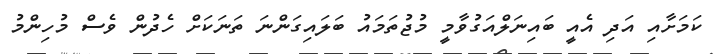
ކަމަށާއި އަދި އެއީ ބައިނަލްއަގުވާމީ މުޖުތަމައު ބަލައިގަންނަ ތަނަކަށް ހެދުން ވެސް މުހިންމު